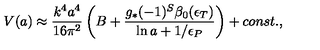
{ V } ( a ) \approx { \frac { k ^ { 4 } a ^ { 4 } } { 1 6 \pi ^ { 2 } } } \left( B + { \frac { g _ { * } ( - 1 ) ^ { S } \beta _ { 0 } ( \epsilon _ { T } ) } { \ln a + { 1 / \epsilon _ { P } } } } \right) + c o n s t . ,